65_HS1-834228961_62-HQ-83894_Serial_164
Agency: FBI
Page 134
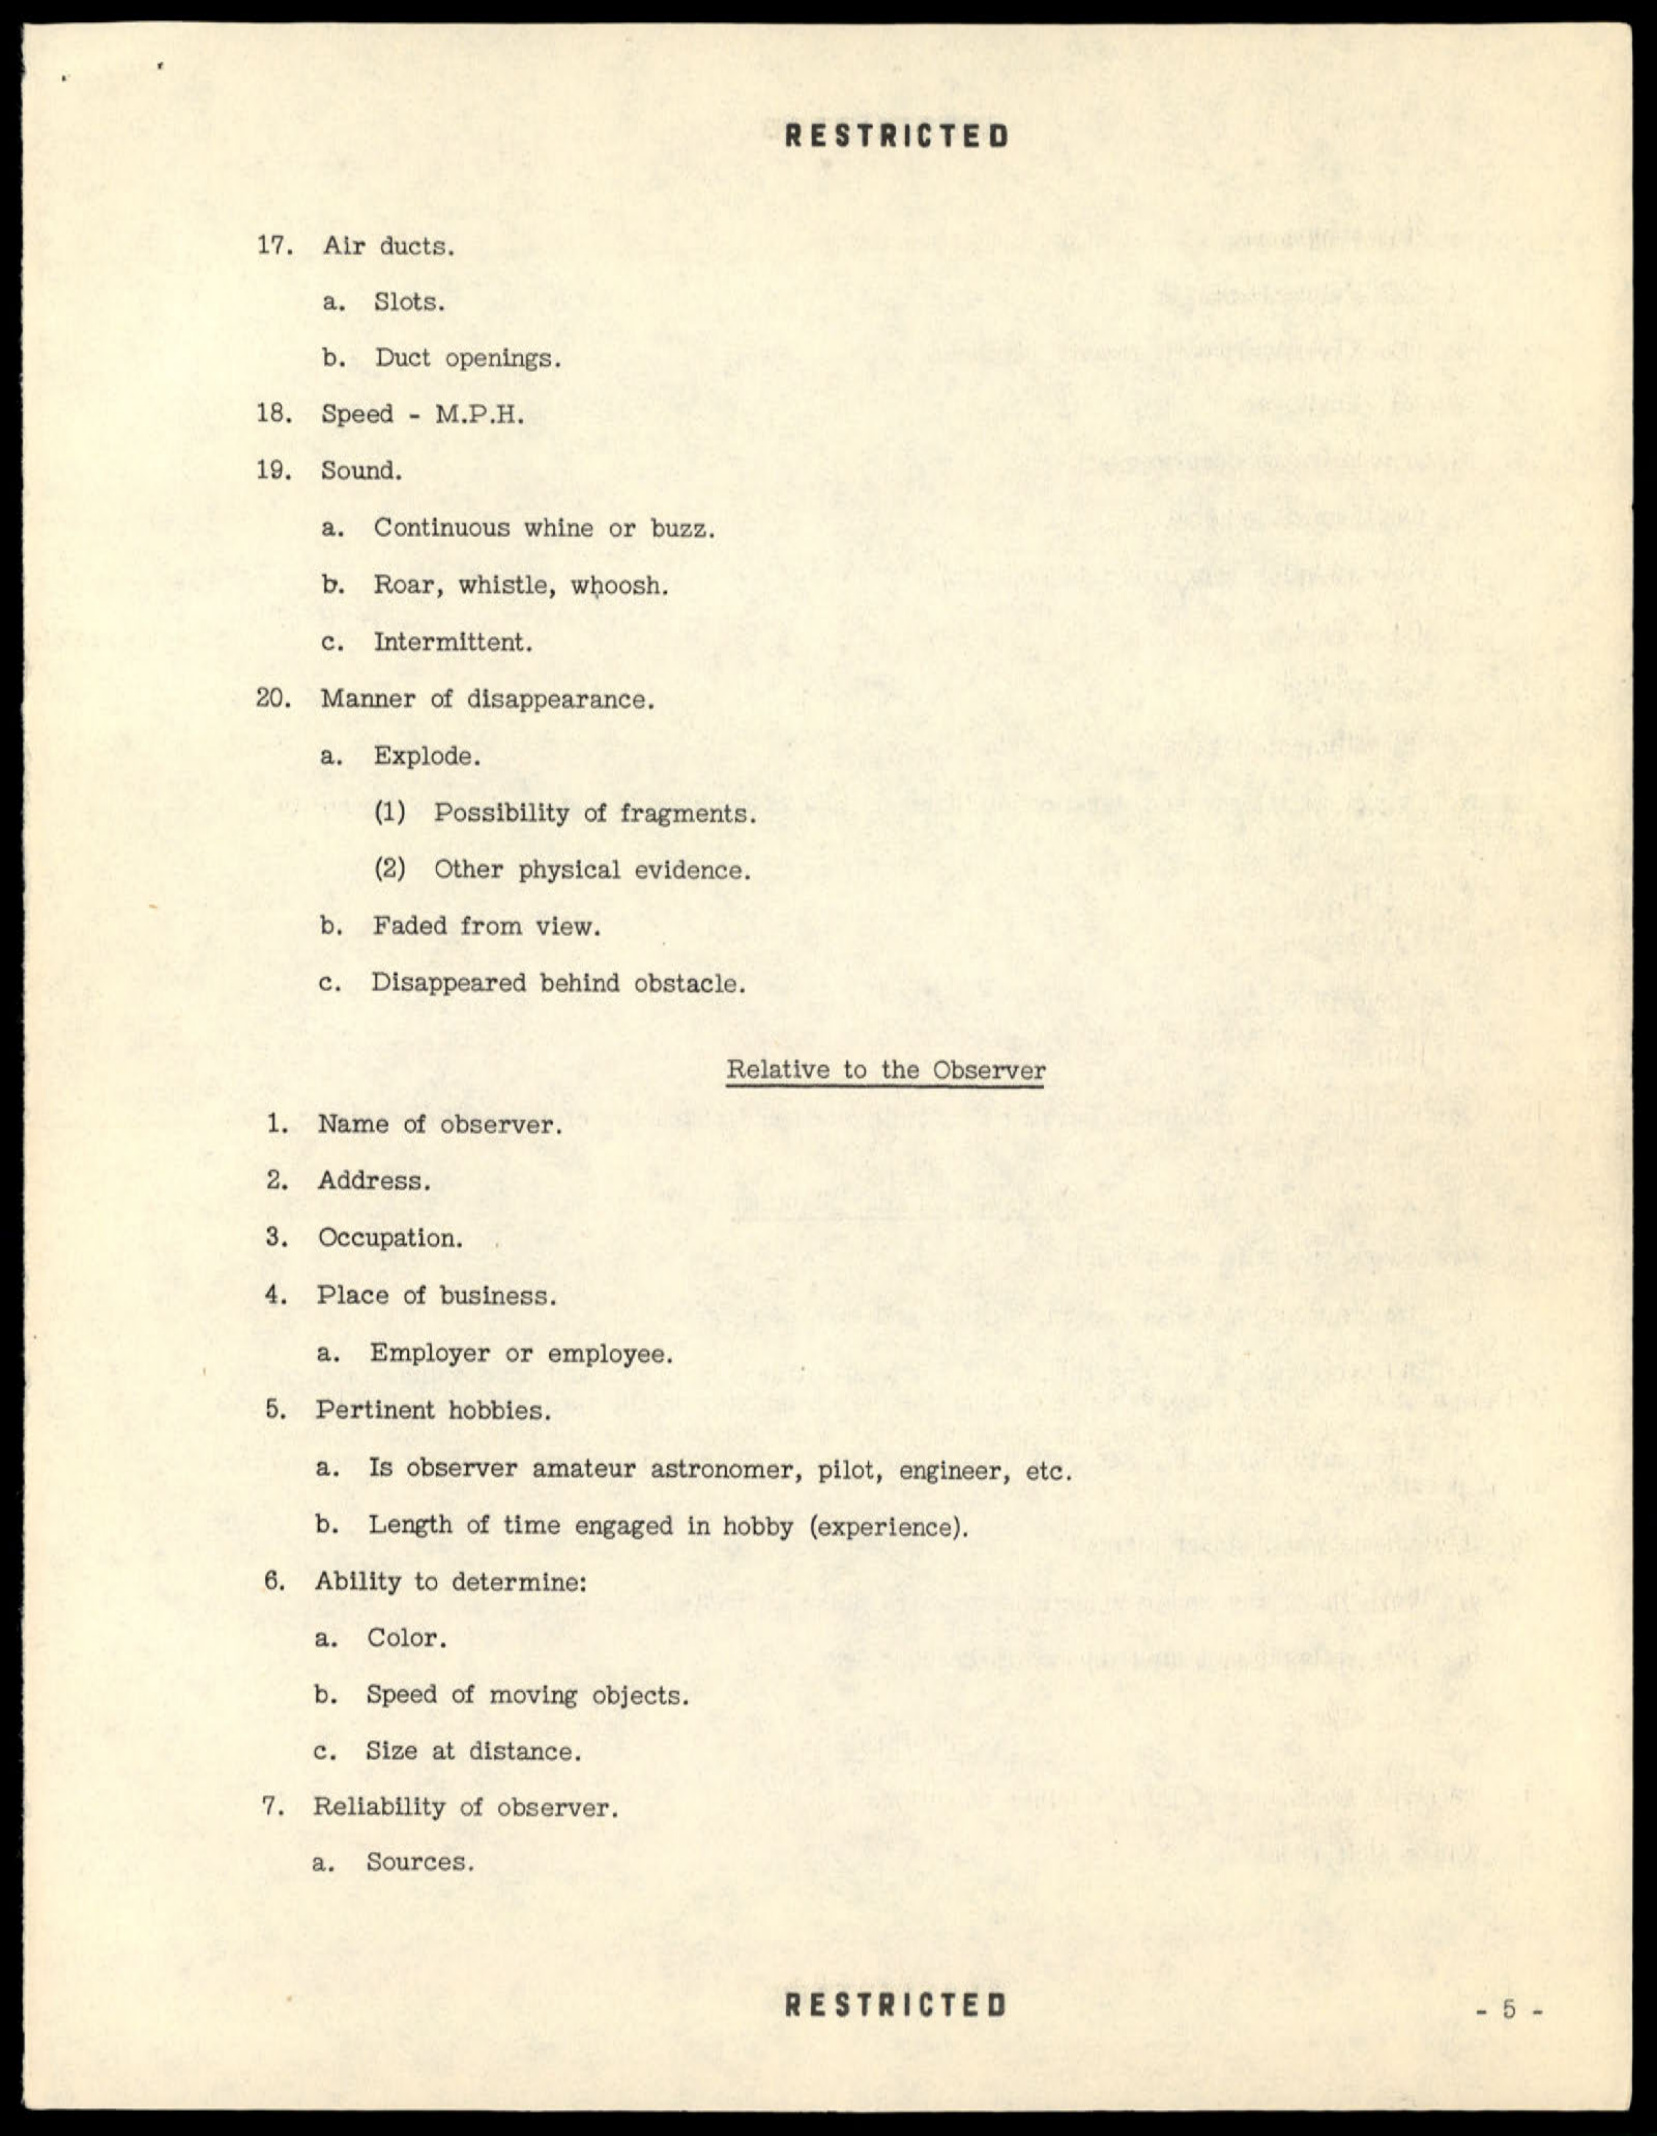